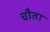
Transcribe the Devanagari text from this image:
चौता